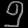
Digit: ၅